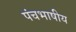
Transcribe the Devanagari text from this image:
पंचभाषीय